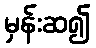
မှန်းဆ၍